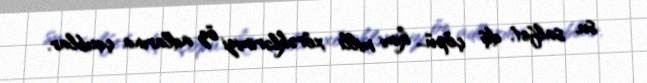
su, salfet, diş çöpü... kimi milli xörəklərimizi öz adlarına çıxıblar.